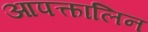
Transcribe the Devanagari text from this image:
आपत्कालिन